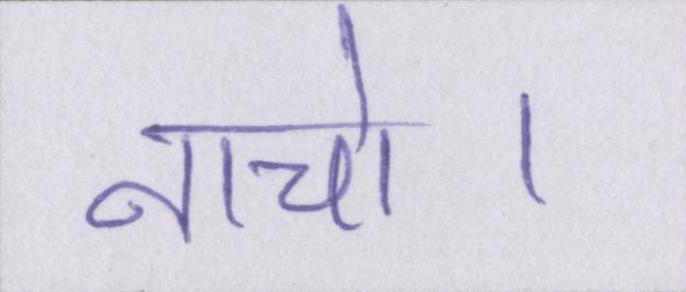
नाचो।